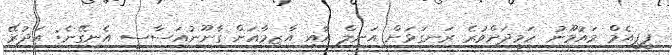
ޕީޕީއެމް މައުމޫނު ހަމީދަށްވުރެ ރަނގަޅަށް އަނިލް އާއި އާޒިމާއަށް ގާނޫނުއަސާސީ އެނގޭނެ: އަދުރޭ